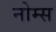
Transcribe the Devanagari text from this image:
नोम्स